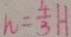
h = \frac { 4 } { 3 } H